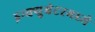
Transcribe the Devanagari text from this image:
इन्क्युबेटरमध्ये